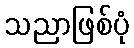
သညာဖြစ်ပုံ